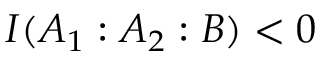
I ( A _ { 1 } : A _ { 2 } : B ) < 0